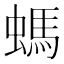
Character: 螞